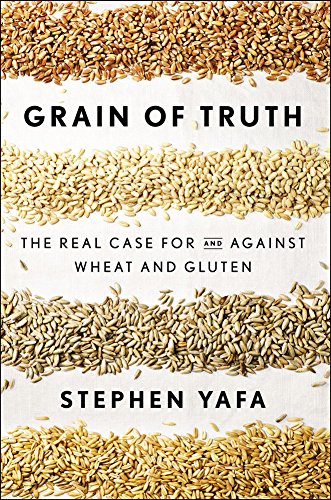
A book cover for Grain of Truth: The Real Case For and Against Wheat and Gluten; Stephen Yafa; Health, Fitness & Dieting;